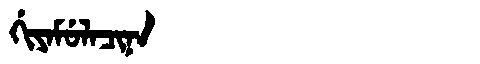
Manchu: ᡤᡳᠶᠠᠮᡠᠯᠠᠴᡳᠨᠠ
Romanization: GIYAMULACINA